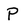
Character: P